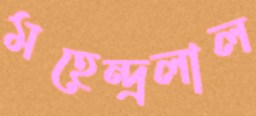
মহেন্দ্রলাল